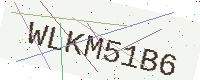
Text: WLKM51B6